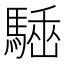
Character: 𩤪